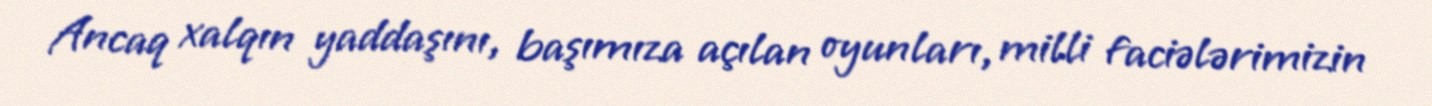
Ancaq xalqın yaddaşını, başımıza açılan oyunları, milli faciələrimizin